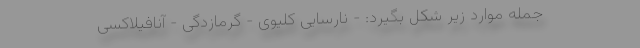
جمله موارد زیر شکل بگیرد: - نارسایی کلیوی - گرمازدگی - آنافیلاکسی